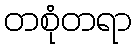
တစုံတရာ